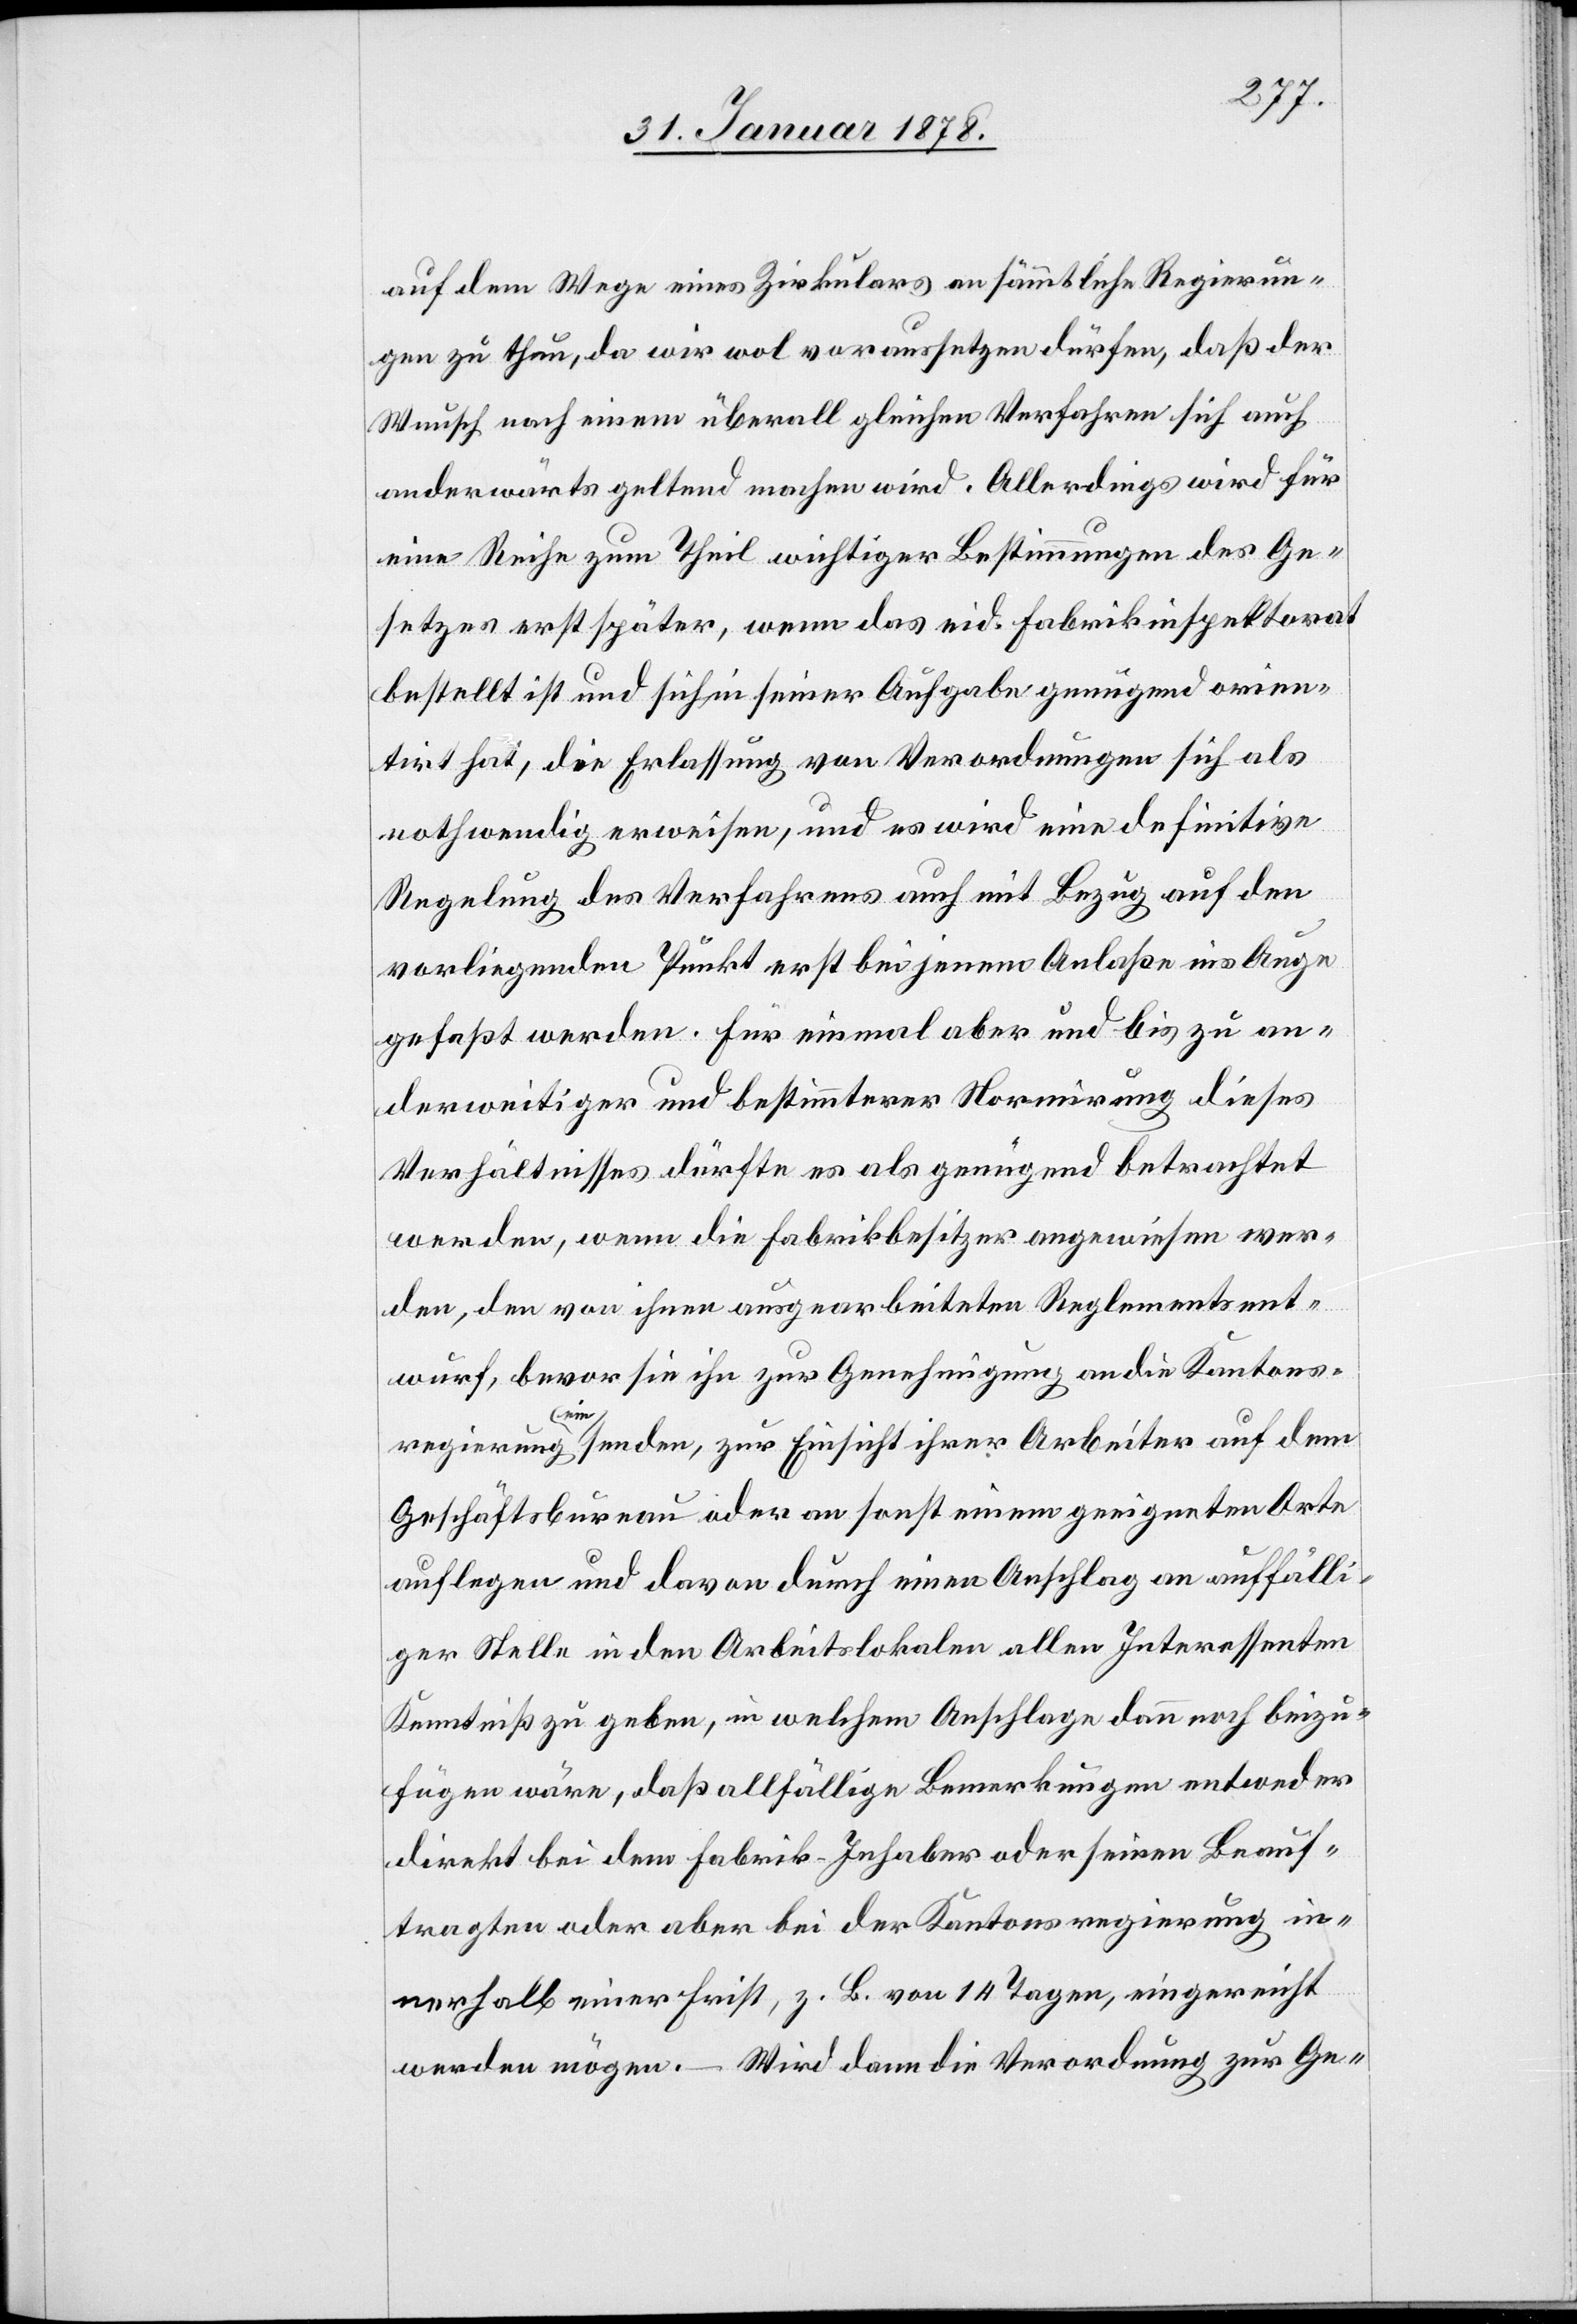
auf dem Wege eines Zirkulars an sämmtliche Regierun¬
gen zu thun, da wir wol voraussetzen dürfen, daß der
Wunsch nach einem überall gleichen Verfahren sich auch
anderwärts geltend machen wird. Allerdings wird für
eine Reihe zum Theil wichtiger Bestimmungen des Ge¬
setzes erst später, wenn das eid. Fabrikinspektorat
bestellt ist und sich in seiner Aufgabe genügend orien¬
tirt hat, die Erlassung von Verordnungen sich als
nothwendig erweisen, und es wird eine definitive
Regelung des Verfahrens auch mit Bezug auf den
vorliegenden Punkt erst bei jenem Anlaße ins Auge
gefaßt werden. Für einmal aber und bis zu an¬
derweitiger und bestimmterer Normirung dieses
Verhältnisses dürfe es als genügend betrachtet
werden, wenn die Fabrikbesitzer angewiesen wer¬
den, den von ihnen ausgearbeiteten Reglementsent¬
wurf, bevor sie ihn zur Genehmigung an die Kantons¬
regierung a-ein-asenden, zur Einsicht ihrer Arbeiter auf dem
Geschäftsbureau oder an sonst einem geeigneten Orte
auflegen und davon durch einen Anschlag an auffälli¬
ger Stelle in den Arbeitslokalen allen Interessenten
Kenntniß zu geben, in welchem Anschlage dann noch beizu¬
fügen wäre, daß allfällige Bemerkungen entweder
direkt bei dem Fabrik-Inhaber oder seinen Beauf¬
tragten oder bei der Kantonsregierung in¬
nerhalb einer Frist, z. B. von 14 Tagen, eingereicht
werden mögen. – Wird dann die Verordnung zur Ge-